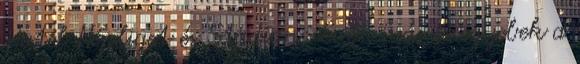
Hotel Népliget és Stadion: Evés, ivás és egyebek a